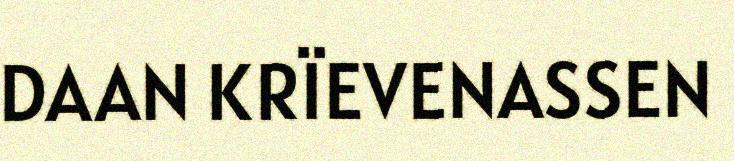
DAAN KRÏEVENASSEN